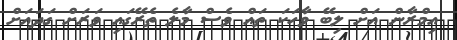
އިމްރާން އަށް ލިބޭ ވާހަކަ ތައް ވެސް މާލެ ތެރޭގައި ވަރަށް ގަދައަށް